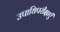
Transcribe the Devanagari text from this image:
उपाधिपरीक्षाएँ